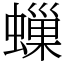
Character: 𧑀